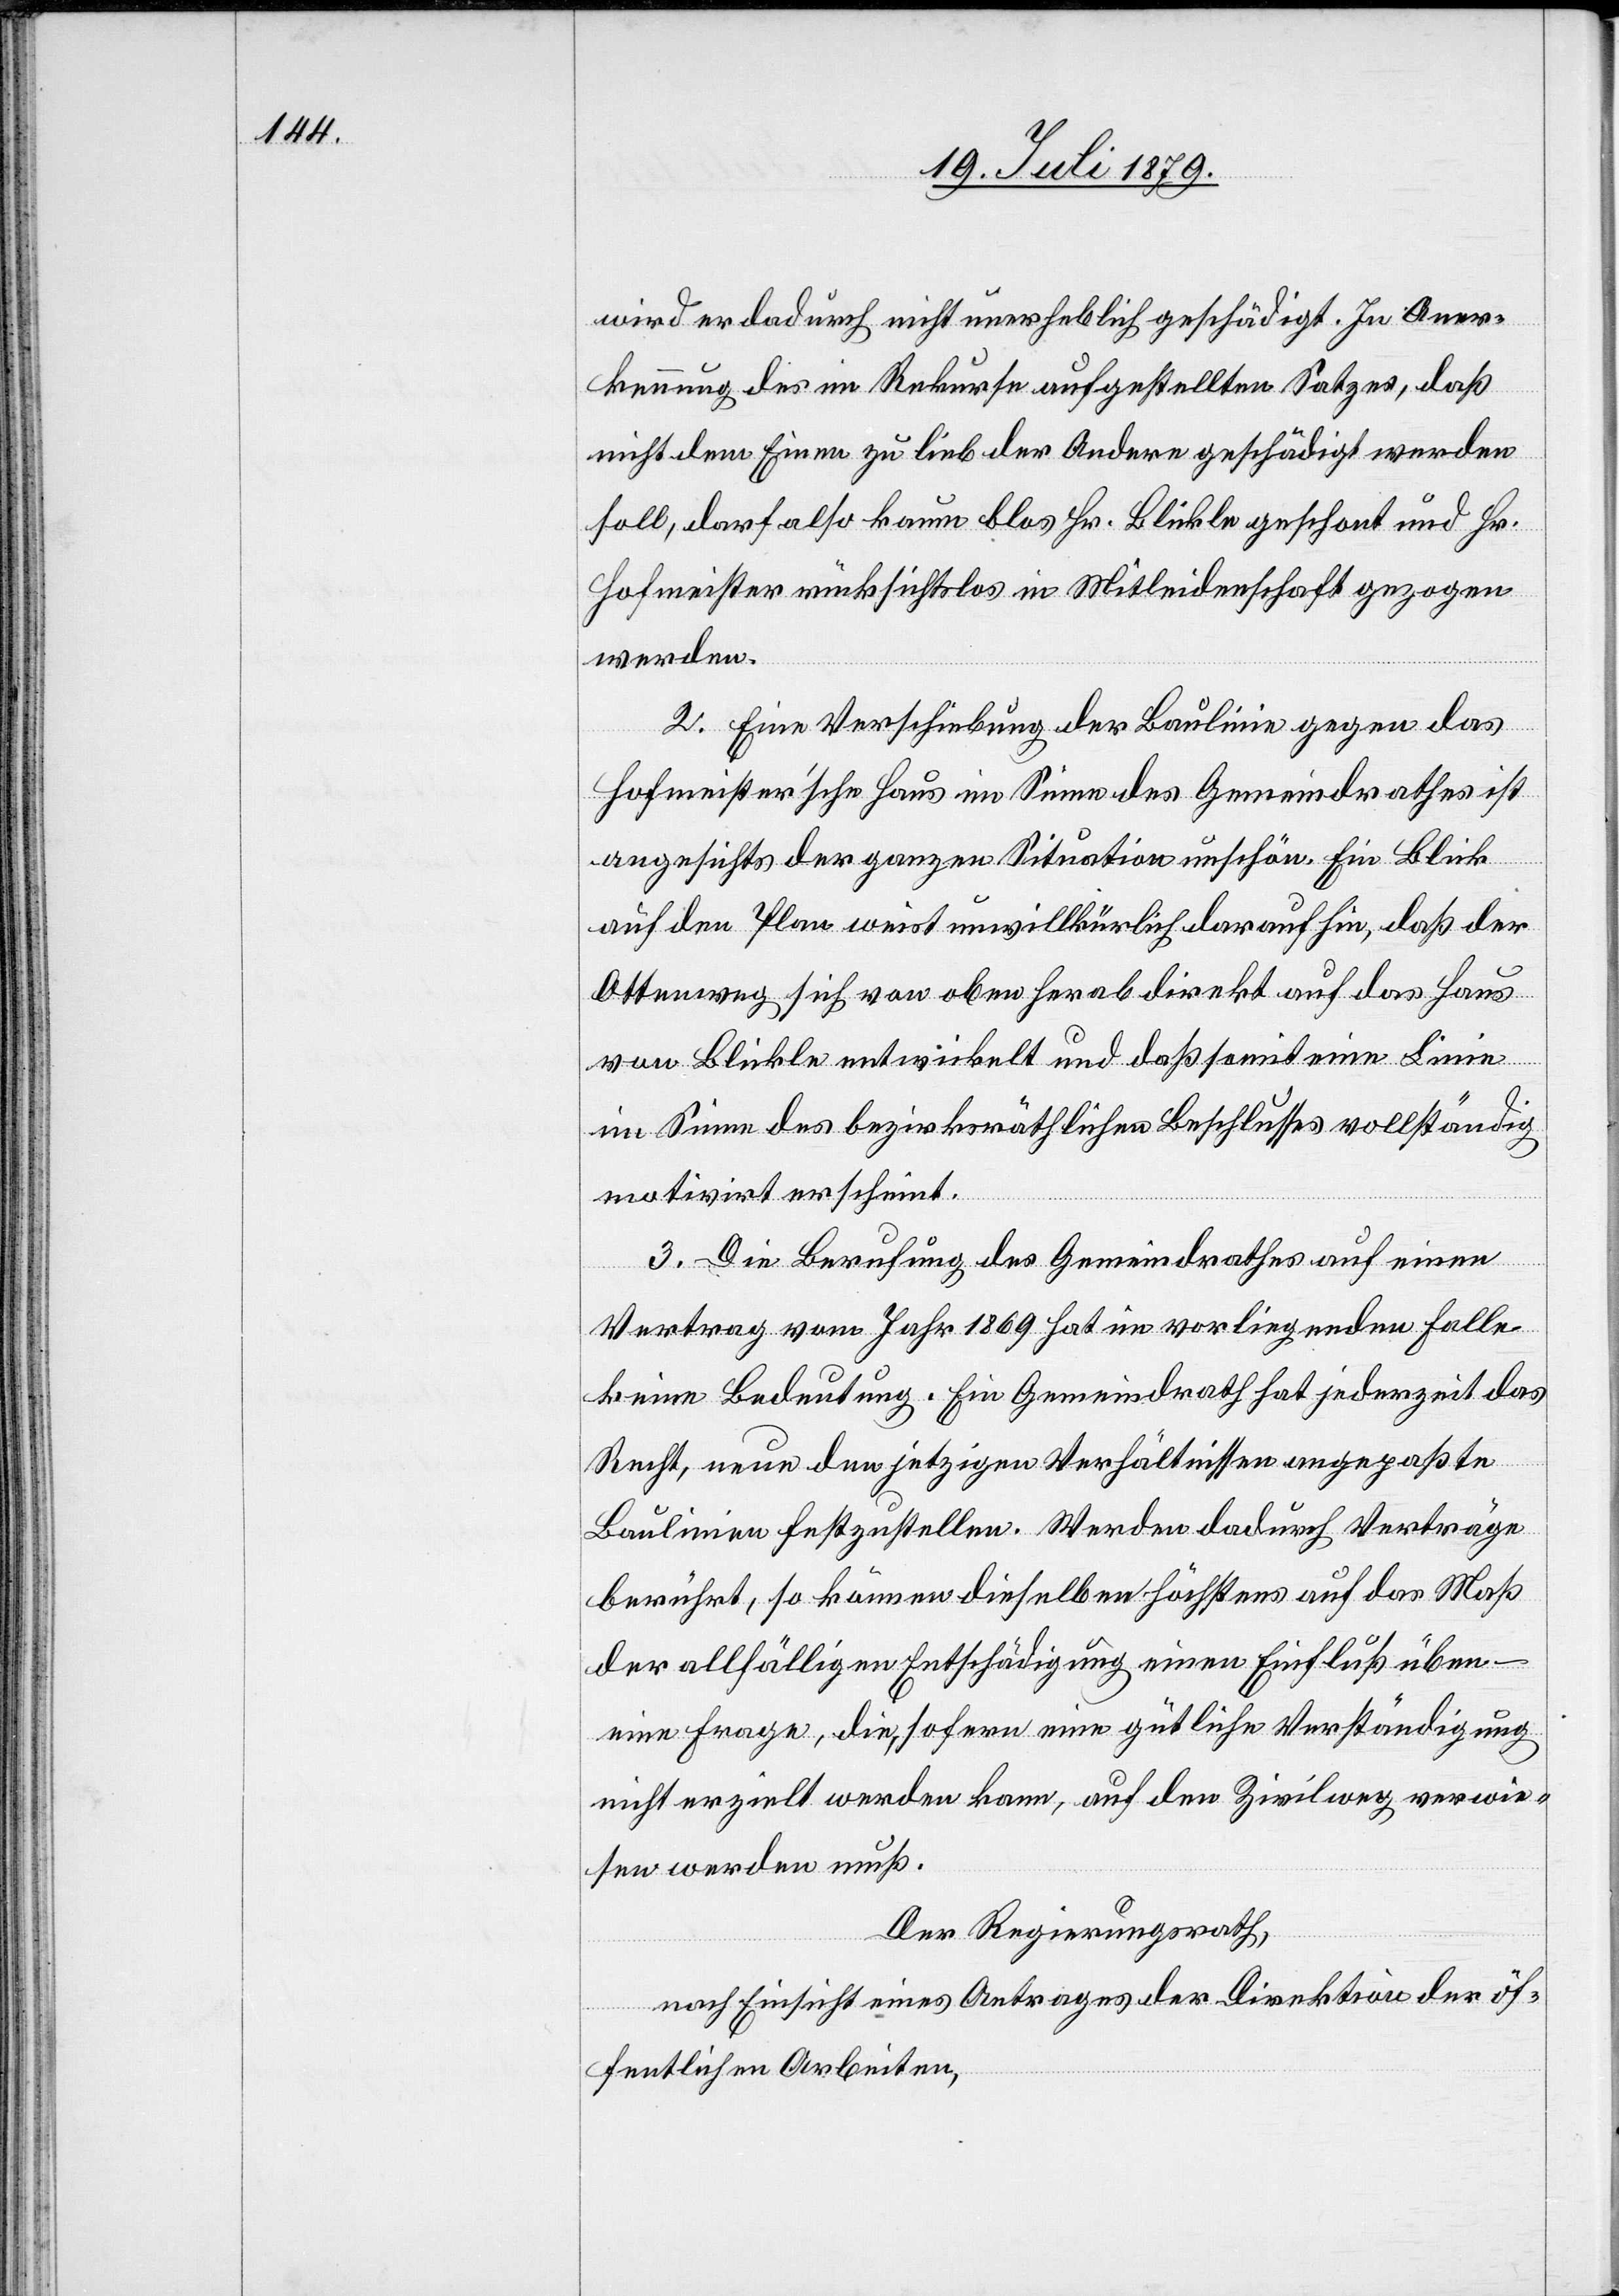
wird er dadurch nicht unerheblich geschädigt. In Aner¬
kennung des im Rekurse aufgestellten Satzes, daß
nicht dem Einen zu lieb der Andere geschädigt werden
soll, darf also kaum blos Hr. Blickle geschont und Hr.
Hofmeister rücksichtslos in Mitleidenschaft gezogen
werden.
2. Eine Verschiebung der Baulinie gegen das
Hofmeister’sche Haus im Sinne des Gemeindrathes ist
angesichts der ganzen Situation unschön. Ein Blick
auf den Plan weist unwillkürlich darauf hin, daß der
Ottenweg sich von oben herab direkt auf das Haus
von Blickle entwickelt und daß somit eine Linie
im Sinne des bezirksräthlichen Beschlusses vollständig
motivirt erscheint.
3. Die Berufung des Gemeindrathes auf einen
Vertrag vom Jahr 1869 hat im vorliegenden Falle
keine Bedeutung. Ein Gemeindrath hat jederzeit das
Recht, neue den jetzigen Verhältnissen angepaßte
Baulinien festzustellen. Werden dadurch Verträge
berührt, so können dieselben höchstens auf das Maß
der allfälligen Entschädigung einen Einfluß üben
eine Frage, die, sofern eine gütliche Verständigung
nicht erzielt werden kann, auf den Zivilweg verwie¬
sen werden muß.
Der Regierungsrath,
nach Einsicht eines Antrages der Direktion der öf¬
fentlichen Arbeiten,